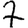
Digit: 7